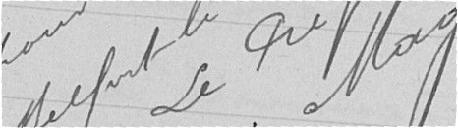
Vu pour récipissé et approuvé - Belfort, le 8 novembre 1918 - Le Préfet - signé Mage